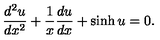
\frac { d ^ { 2 } u } { d x ^ { 2 } } + \frac { 1 } { x } \frac { d u } { d x } + \sinh u = 0 .